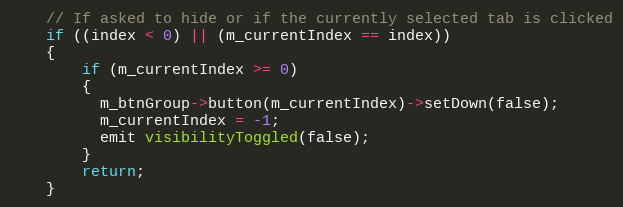
Language: C++
    // If asked to hide or if the currently selected tab is clicked
    if ((index < 0) || (m_currentIndex == index))
    {
        if (m_currentIndex >= 0)
        {
          m_btnGroup->button(m_currentIndex)->setDown(false);
          m_currentIndex = -1;
          emit visibilityToggled(false);
        }
        return;
    }